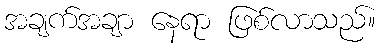
အချက်အချာ နေရာ ဖြစ်လာသည်။